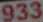
933